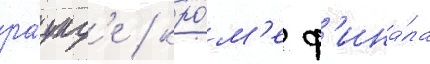
ра́унд'е / кро́м'е ф'ина́ла